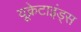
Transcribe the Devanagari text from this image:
यूक्रेटाइंड्स